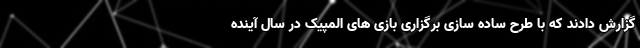
گزارش دادند که با طرح ساده سازی برگزاری بازی های المپیک در سال آینده